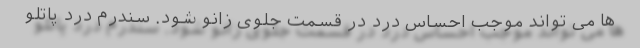
ها می تواند موجب احساس درد در قسمت جلوی زانو شود. سندرم درد پاتلو